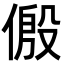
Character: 𪝛